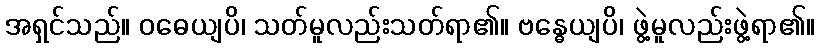
အရှင်သည်။ ဝဓေယျပိ၊ သတ်မူလည်းသတ်ရာ၏။ ဗန္ဓေယျပိ၊ ဖွဲ့မူလည်းဖွဲ့ရာ၏။